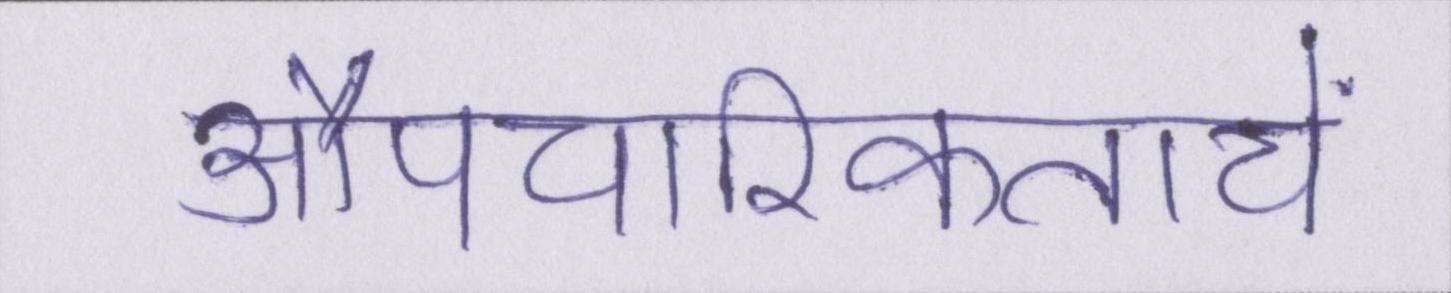
औपचारिकतायें